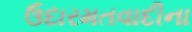
ઉદારમતવાદીના